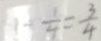
1 \div \frac { 1 } { 4 } = \frac { 3 } { 4 }